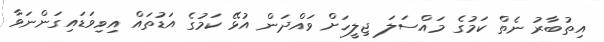
އިތުބާރު ނެތް ކަމުގެ މައްސަލަ ޖިލީހަށް ވައްދަން އުޅޭ ކަމުގެ އަޑުތައް އިވިވަޑައިގަންނަވާ